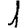
Digit: 1